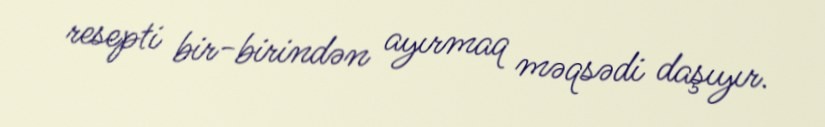
resepti bir-birindən ayırmaq məqsədi daşıyır.